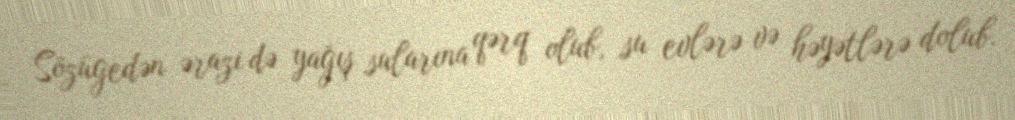
Sözügedən ərazi də yağış sularına qərq olub, su evlərə və həyətlərə dolub.